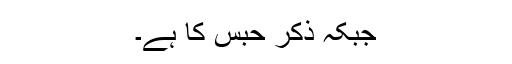
جبکہ ذکر حبس کا ہے۔